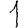
Digit: 1